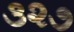
૩૨૭